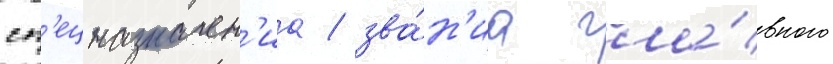
сп'ецназначен'иа / зва́н'иа гла́вного